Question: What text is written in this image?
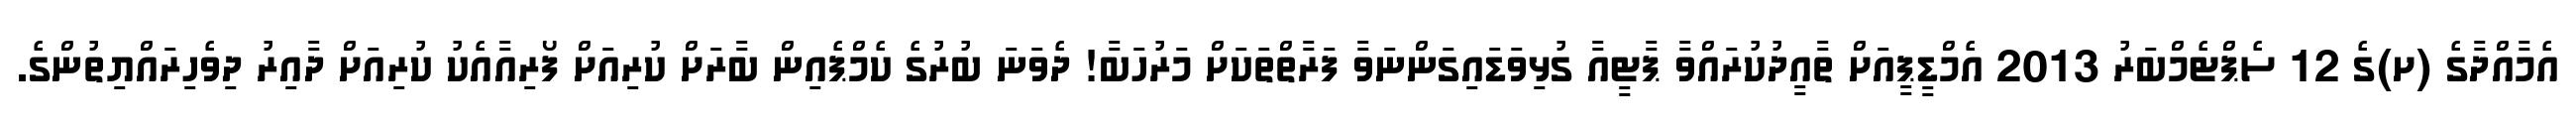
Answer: އެމާއްދާގެ (ށ)ގެ 12 ސެޕްޓެމްބަރު 2013 އެމްޑީޕީއަށް ތާއީދުކުރައްވާ ޕާޓީއާ ގުޅިވަޑައިގަންނަވާ ފަރާތްތަކަށް މަރުހަބާ! ދެވަނަ ބުރުގެ ކެމްޕެއިން ބާރަށް ކުރިއަށް ފޯރިއާއެކު ކުރިއަށް ދާއިރު ދިވެހިރައްޔިތުންގެ.